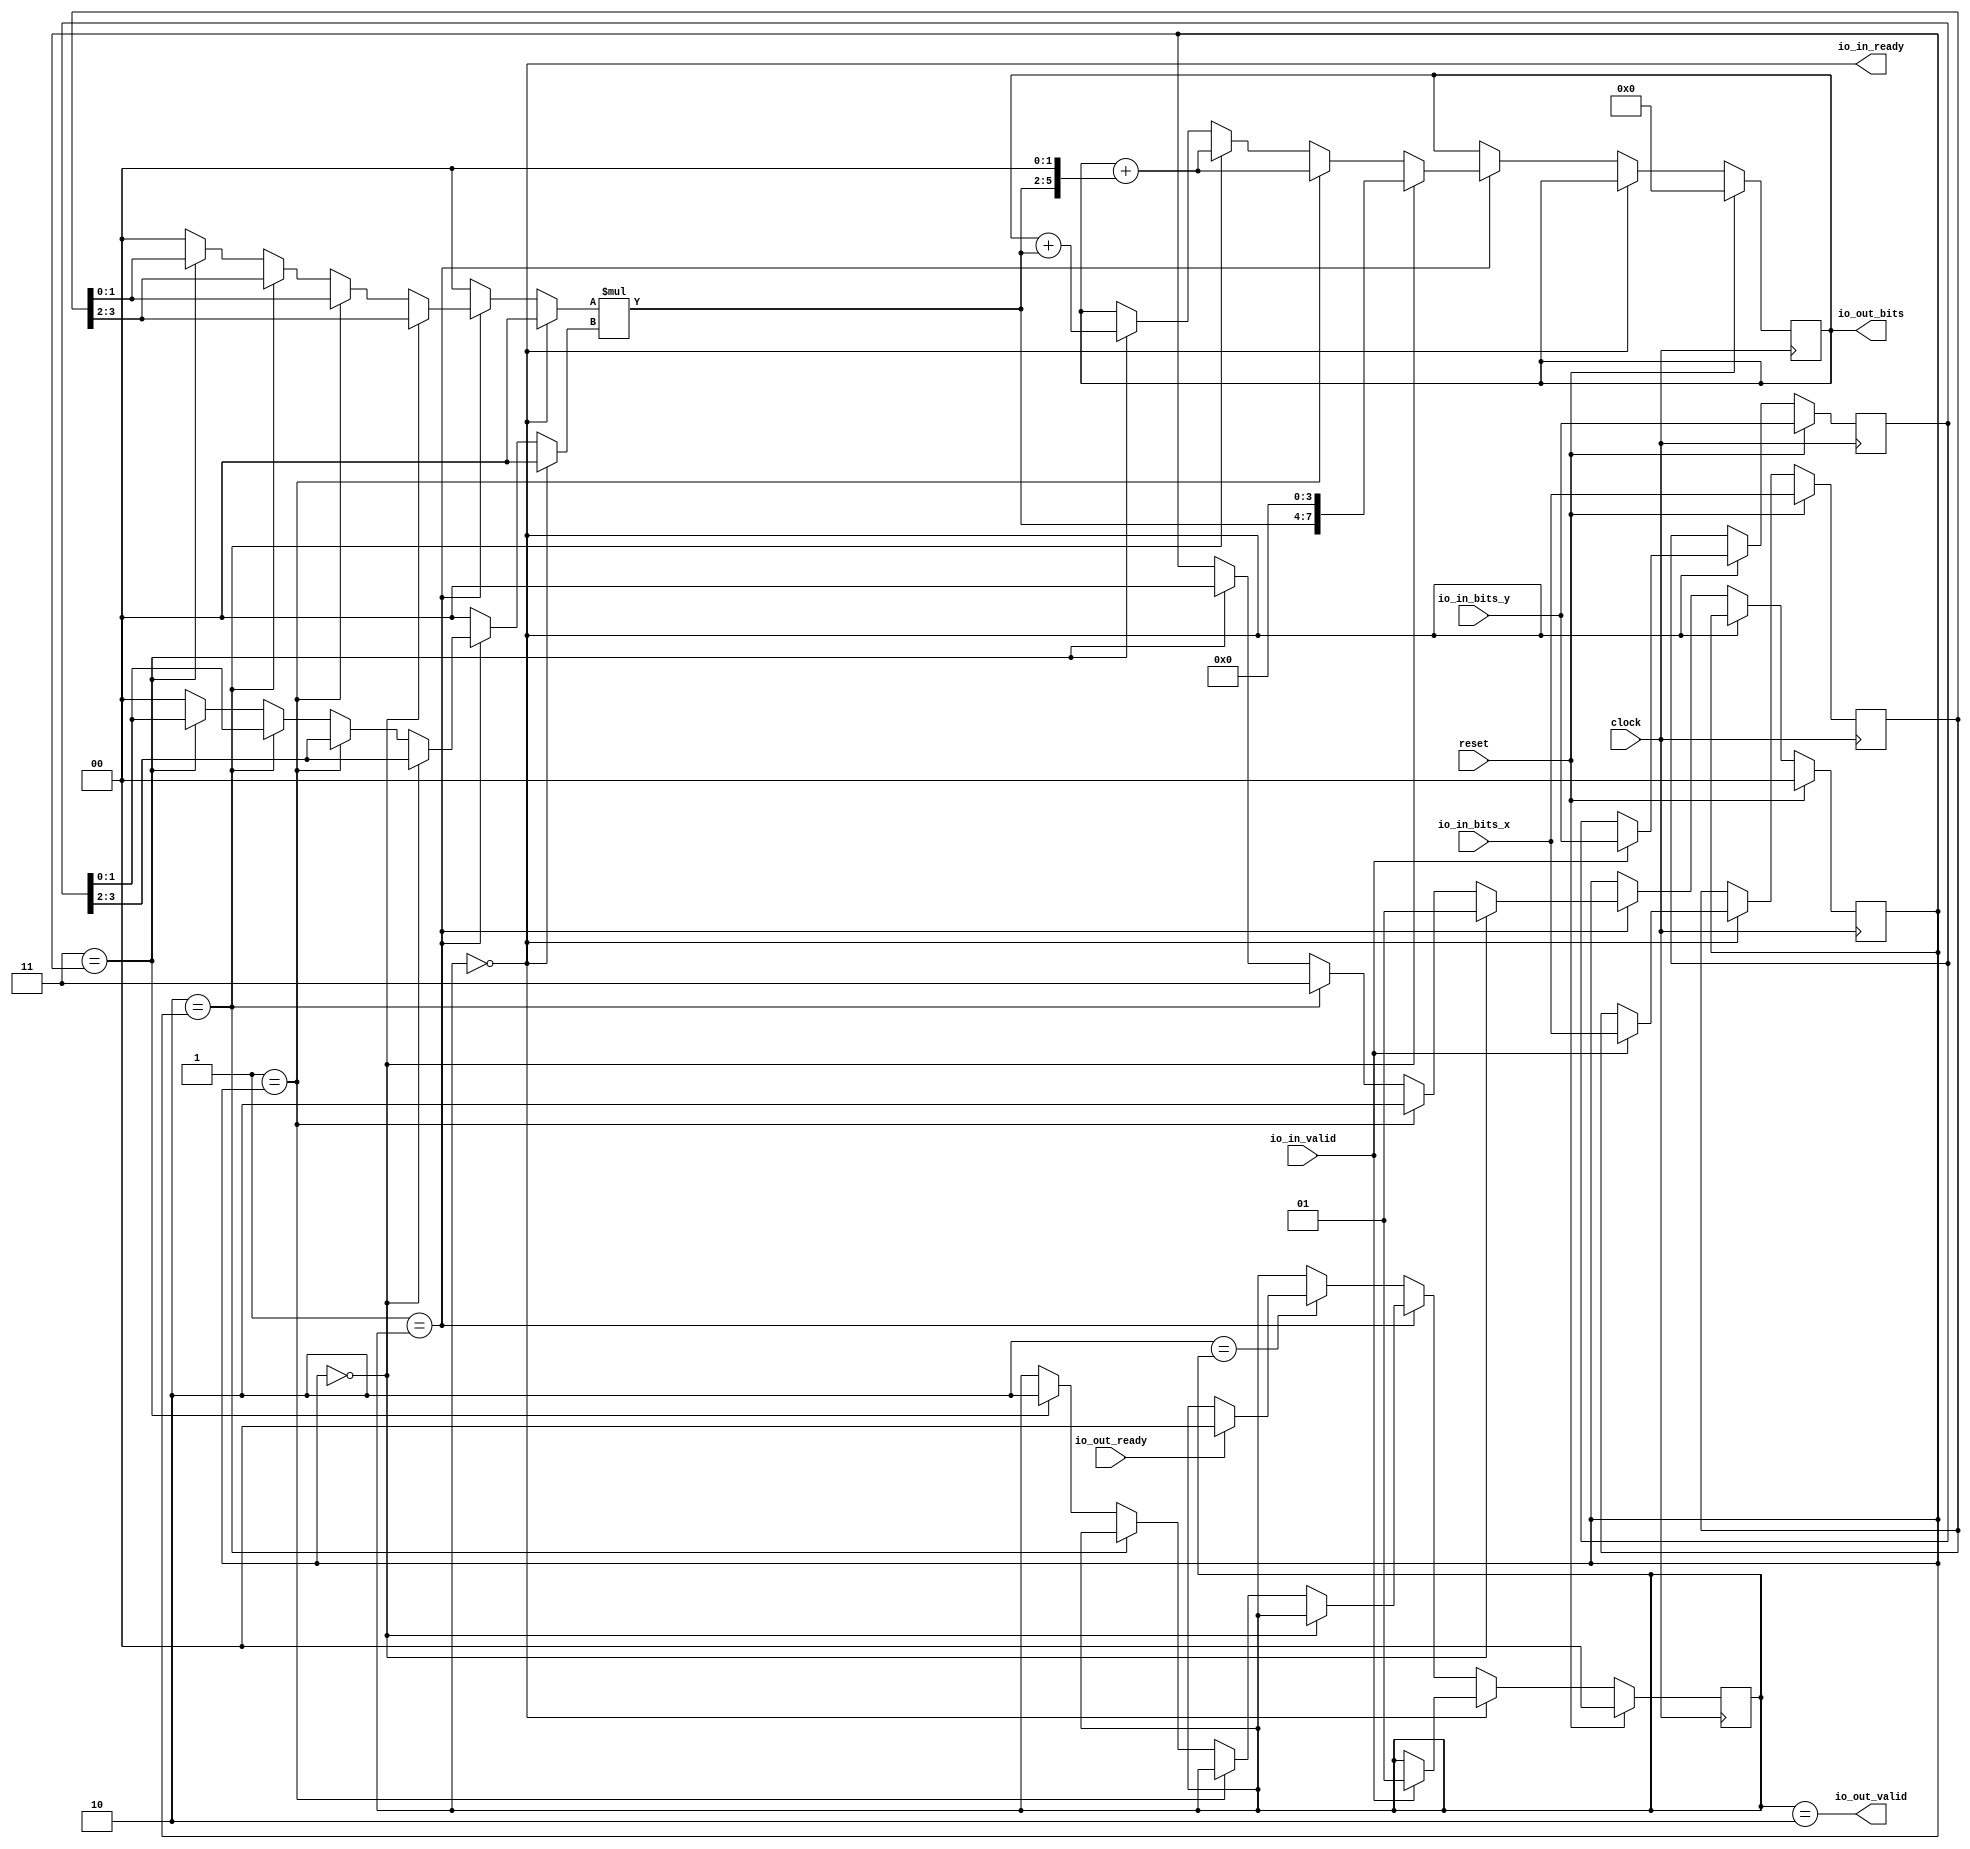
module Multiplier(
  input        clock,
  input        reset,
  input        io_out_ready,
  output       io_out_valid,
  output [7:0] io_out_bits,
  output       io_in_ready,
  input        io_in_valid,
  input  [3:0] io_in_bits_x,
  input  [3:0] io_in_bits_y
);
`ifdef RANDOMIZE_REG_INIT
  reg [31:0] _RAND_0;
  reg [31:0] _RAND_1;
  reg [31:0] _RAND_2;
  reg [31:0] _RAND_3;
  reg [31:0] _RAND_4;
`endif // RANDOMIZE_REG_INIT
  reg [1:0] stateReg; // @[Multiplier.scala 16:25]
  reg [1:0] multStageReg; // @[Multiplier.scala 18:29]
  reg [3:0] xReg; // @[Multiplier.scala 23:21]
  reg [3:0] yReg; // @[Multiplier.scala 24:21]
  wire [1:0] x0 = xReg[1:0]; // @[Multiplier.scala 31:13]
  wire [1:0] x1 = xReg[3:2]; // @[Multiplier.scala 33:13]
  wire [1:0] y0 = yReg[1:0]; // @[Multiplier.scala 35:13]
  wire [1:0] y1 = yReg[3:2]; // @[Multiplier.scala 37:13]
  wire  _T_7 = 2'h0 == stateReg; // @[Conditional.scala 37:30]
  wire  _T_8 = 2'h1 == stateReg; // @[Conditional.scala 37:30]
  wire  _T_9 = 2'h0 == multStageReg; // @[Conditional.scala 37:30]
  wire  _T_11 = 2'h1 == multStageReg; // @[Conditional.scala 37:30]
  wire  _T_15 = 2'h2 == multStageReg; // @[Conditional.scala 37:30]
  wire  _T_19 = 2'h3 == multStageReg; // @[Conditional.scala 37:30]
  wire [1:0] _GEN_3 = _T_19 ? x0 : 2'h0; // @[Conditional.scala 39:67 Multiplier.scala 91:16 Multiplier.scala 48:8]
  wire [1:0] _GEN_8 = _T_15 ? x1 : _GEN_3; // @[Conditional.scala 39:67 Multiplier.scala 84:16]
  wire [1:0] _GEN_13 = _T_11 ? x0 : _GEN_8; // @[Conditional.scala 39:67 Multiplier.scala 77:16]
  wire [1:0] _GEN_18 = _T_9 ? x1 : _GEN_13; // @[Conditional.scala 40:58 Multiplier.scala 70:16]
  wire [1:0] _GEN_25 = _T_8 ? _GEN_18 : 2'h0; // @[Conditional.scala 39:67 Multiplier.scala 48:8]
  wire [1:0] xMul = _T_7 ? 2'h0 : _GEN_25; // @[Conditional.scala 40:58 Multiplier.scala 48:8]
  wire [1:0] _GEN_4 = _T_19 ? y0 : 2'h0; // @[Conditional.scala 39:67 Multiplier.scala 92:16 Multiplier.scala 49:8]
  wire [1:0] _GEN_9 = _T_15 ? y0 : _GEN_4; // @[Conditional.scala 39:67 Multiplier.scala 85:16]
  wire [1:0] _GEN_14 = _T_11 ? y1 : _GEN_9; // @[Conditional.scala 39:67 Multiplier.scala 78:16]
  wire [1:0] _GEN_19 = _T_9 ? y1 : _GEN_14; // @[Conditional.scala 40:58 Multiplier.scala 71:16]
  wire [1:0] _GEN_26 = _T_8 ? _GEN_19 : 2'h0; // @[Conditional.scala 39:67 Multiplier.scala 49:8]
  wire [1:0] yMul = _T_7 ? 2'h0 : _GEN_26; // @[Conditional.scala 40:58 Multiplier.scala 49:8]
  wire [3:0] resMul = xMul * yMul; // @[Multiplier.scala 43:18]
  reg [7:0] resReg; // @[Multiplier.scala 45:23]
  wire [7:0] _GEN_37 = {resMul, 4'h0}; // @[Multiplier.scala 72:28]
  wire [10:0] _T_10 = {{3'd0}, _GEN_37}; // @[Multiplier.scala 72:28]
  wire [5:0] _GEN_38 = {resMul, 2'h0}; // @[Multiplier.scala 79:38]
  wire [6:0] _T_12 = {{1'd0}, _GEN_38}; // @[Multiplier.scala 79:38]
  wire [7:0] _GEN_39 = {{1'd0}, _T_12}; // @[Multiplier.scala 79:28]
  wire [7:0] _T_14 = resReg + _GEN_39; // @[Multiplier.scala 79:28]
  wire [7:0] _GEN_42 = {{4'd0}, resMul}; // @[Multiplier.scala 93:28]
  wire [7:0] _T_21 = resReg + _GEN_42; // @[Multiplier.scala 93:28]
  wire [7:0] _GEN_5 = _T_19 ? _T_21 : resReg; // @[Conditional.scala 39:67 Multiplier.scala 93:18 Multiplier.scala 45:23]
  wire [1:0] _GEN_6 = _T_19 ? 2'h0 : multStageReg; // @[Conditional.scala 39:67 Multiplier.scala 95:24 Multiplier.scala 18:29]
  wire [1:0] _GEN_7 = _T_19 ? 2'h2 : stateReg; // @[Conditional.scala 39:67 Multiplier.scala 96:20 Multiplier.scala 16:25]
  wire [7:0] _GEN_10 = _T_15 ? _T_14 : _GEN_5; // @[Conditional.scala 39:67 Multiplier.scala 86:18]
  wire [1:0] _GEN_11 = _T_15 ? 2'h3 : _GEN_6; // @[Conditional.scala 39:67 Multiplier.scala 88:24]
  wire [1:0] _GEN_12 = _T_15 ? stateReg : _GEN_7; // @[Conditional.scala 39:67 Multiplier.scala 16:25]
  wire [7:0] _GEN_15 = _T_11 ? _T_14 : _GEN_10; // @[Conditional.scala 39:67 Multiplier.scala 79:18]
  wire [1:0] _GEN_16 = _T_11 ? 2'h2 : _GEN_11; // @[Conditional.scala 39:67 Multiplier.scala 81:24]
  wire [1:0] _GEN_17 = _T_11 ? stateReg : _GEN_12; // @[Conditional.scala 39:67 Multiplier.scala 16:25]
  wire [10:0] _GEN_20 = _T_9 ? _T_10 : {{3'd0}, _GEN_15}; // @[Conditional.scala 40:58 Multiplier.scala 72:18]
  wire  _T_22 = 2'h2 == stateReg; // @[Conditional.scala 37:30]
  wire [1:0] _GEN_23 = io_out_ready ? 2'h0 : stateReg; // @[Multiplier.scala 101:26 Multiplier.scala 102:18 Multiplier.scala 16:25]
  wire [10:0] _GEN_27 = _T_8 ? _GEN_20 : {{3'd0}, resReg}; // @[Conditional.scala 39:67 Multiplier.scala 45:23]
  wire [10:0] _GEN_35 = _T_7 ? {{3'd0}, resReg} : _GEN_27; // @[Conditional.scala 40:58 Multiplier.scala 45:23]
  assign io_out_valid = stateReg == 2'h2; // @[Multiplier.scala 21:28]
  assign io_out_bits = resReg; // @[Multiplier.scala 46:15]
  assign io_in_ready = stateReg == 2'h0; // @[Multiplier.scala 20:27]
  always @(posedge clock) begin
    if (reset) begin // @[Multiplier.scala 16:25]
      stateReg <= 2'h0; // @[Multiplier.scala 16:25]
    end else if (_T_7) begin // @[Conditional.scala 40:58]
      if (io_in_valid) begin // @[Multiplier.scala 53:25]
        stateReg <= 2'h1; // @[Multiplier.scala 57:18]
      end
    end else if (_T_8) begin // @[Conditional.scala 39:67]
      if (!(_T_9)) begin // @[Conditional.scala 40:58]
        stateReg <= _GEN_17;
      end
    end else if (_T_22) begin // @[Conditional.scala 39:67]
      stateReg <= _GEN_23;
    end
    if (reset) begin // @[Multiplier.scala 18:29]
      multStageReg <= 2'h0; // @[Multiplier.scala 18:29]
    end else if (!(_T_7)) begin // @[Conditional.scala 40:58]
      if (_T_8) begin // @[Conditional.scala 39:67]
        if (_T_9) begin // @[Conditional.scala 40:58]
          multStageReg <= 2'h1; // @[Multiplier.scala 74:24]
        end else begin
          multStageReg <= _GEN_16;
        end
      end
    end
    if (reset) begin // @[Multiplier.scala 23:21]
      xReg <= io_in_bits_x; // @[Multiplier.scala 23:21]
    end else if (_T_7) begin // @[Conditional.scala 40:58]
      if (io_in_valid) begin // @[Multiplier.scala 53:25]
        xReg <= io_in_bits_x; // @[Multiplier.scala 54:14]
      end
    end
    if (reset) begin // @[Multiplier.scala 24:21]
      yReg <= io_in_bits_y; // @[Multiplier.scala 24:21]
    end else if (_T_7) begin // @[Conditional.scala 40:58]
      if (io_in_valid) begin // @[Multiplier.scala 53:25]
        yReg <= io_in_bits_y; // @[Multiplier.scala 55:14]
      end
    end
    if (reset) begin // @[Multiplier.scala 45:23]
      resReg <= 8'h0; // @[Multiplier.scala 45:23]
    end else begin
      resReg <= _GEN_35[7:0];
    end
  end
// Register and memory initialization
`ifdef RANDOMIZE_GARBAGE_ASSIGN
`define RANDOMIZE
`endif
`ifdef RANDOMIZE_INVALID_ASSIGN
`define RANDOMIZE
`endif
`ifdef RANDOMIZE_REG_INIT
`define RANDOMIZE
`endif
`ifdef RANDOMIZE_MEM_INIT
`define RANDOMIZE
`endif
`ifndef RANDOM
`define RANDOM $random
`endif
`ifdef RANDOMIZE_MEM_INIT
  integer initvar;
`endif
`ifndef SYNTHESIS
`ifdef FIRRTL_BEFORE_INITIAL
`FIRRTL_BEFORE_INITIAL
`endif
initial begin
  `ifdef RANDOMIZE
    `ifdef INIT_RANDOM
      `INIT_RANDOM
    `endif
    `ifndef VERILATOR
      `ifdef RANDOMIZE_DELAY
        #`RANDOMIZE_DELAY begin end
      `else
        #0.002 begin end
      `endif
    `endif
`ifdef RANDOMIZE_REG_INIT
  _RAND_0 = {1{`RANDOM}};
  stateReg = _RAND_0[1:0];
  _RAND_1 = {1{`RANDOM}};
  multStageReg = _RAND_1[1:0];
  _RAND_2 = {1{`RANDOM}};
  xReg = _RAND_2[3:0];
  _RAND_3 = {1{`RANDOM}};
  yReg = _RAND_3[3:0];
  _RAND_4 = {1{`RANDOM}};
  resReg = _RAND_4[7:0];
`endif // RANDOMIZE_REG_INIT
  `endif // RANDOMIZE
end // initial
`ifdef FIRRTL_AFTER_INITIAL
`FIRRTL_AFTER_INITIAL
`endif
`endif // SYNTHESIS
endmodule